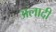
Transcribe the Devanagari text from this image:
अलादी